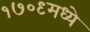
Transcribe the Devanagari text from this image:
१७०९मध्ये